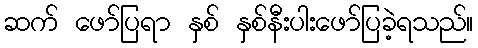
ဆက် ဖော်ပြရာ နှစ် နှစ်နီးပါးဖော်ပြခဲ့ရသည်။